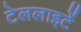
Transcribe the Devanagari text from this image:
टेललाइटें